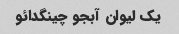
یک لیوان آبجو چینگدائو